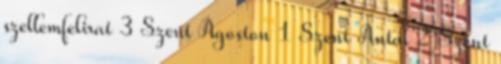
szellemfelirat 3 Szent Ágoston 1 Szent Antal 2 Szent